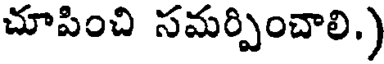
చూపించి సమర్పించాలి.)